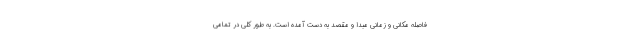
فاصله مکانی و زمانی مبدا و مقصد به دست آمده است. به طور کلی در تمامی